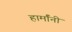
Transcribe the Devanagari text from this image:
हार्मॉनी